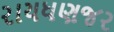
રાયધણજર